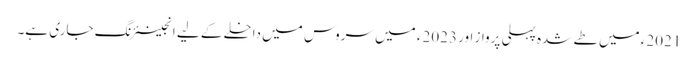
2021ء میں طے شدہ پہلی پرواز اور 2023ء میں سروس میں داخلے کے لیے انجینئرنگ جاری ہے۔